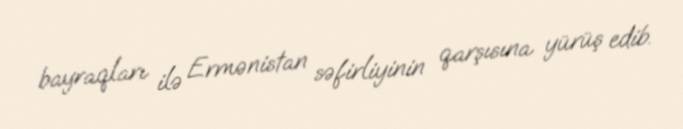
bayraqları ilə Ermənistan səfirliyinin qarşısına yürüş edib.